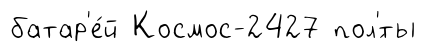
батар'е́й Космос-2427 пол'́ты